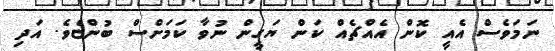
ނަމަވެސް އެއީ ކޮން އެއްޗެއް ކަން ޔަގީން ނުވާ ކަމަށްސް ބުންޏެވެ. އަދި